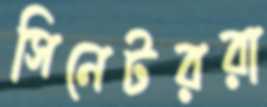
সিনেটররা